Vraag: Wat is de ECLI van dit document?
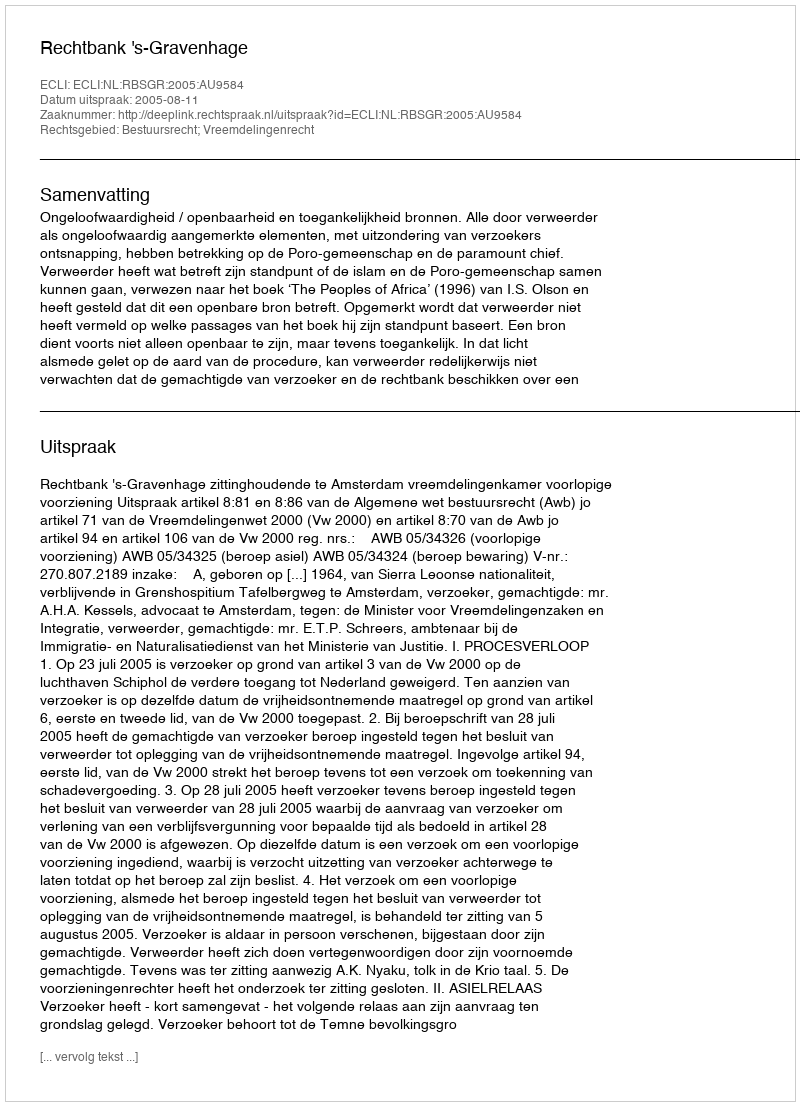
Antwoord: ECLI:NL:RBSGR:2005:AU9584